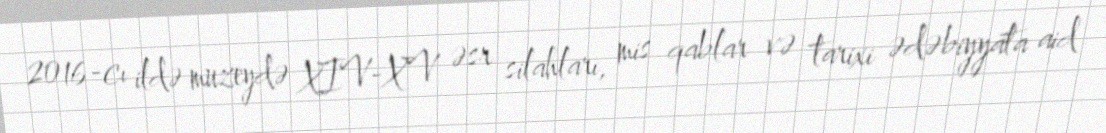
2016-cı ildə muzeydə XIV-XV əsr silahları, mis qablar və tarixi ədəbiyyata aid